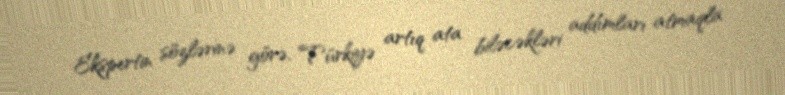
Ekspertin sözlərinə görə, Türkiyə artıq ata biləcəkləri addımları atmaqla